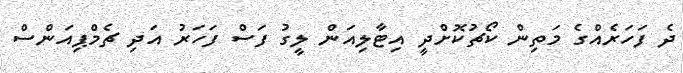
ދެ ފަހަރެއްގެ މަތިން ކޯޗުކޮށްދީ އިޓާލިއަން ލީގު ފަސް ފަހަރު އަދި ޗެމްޕިއަންސް